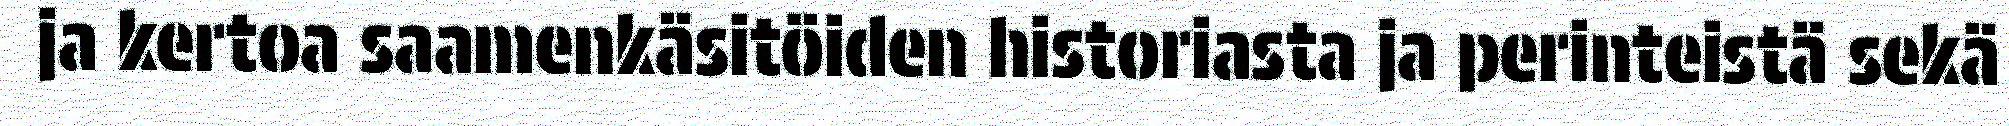
ja kertoa saamenkäsitöiden historiasta ja perinteistä sekä